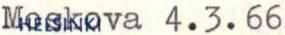
Moskova 4.3.66